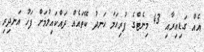
އެއް ގަޑިއިރާއި 43 މިނެޓްގެ ފުރިހަމަ ހަނދު ކޭތައެއް ދައްކައިލުމަށް ފަހު އަނދިރި